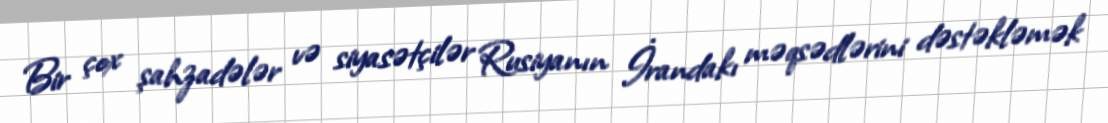
Bir çox şahzadələr və siyasətçilər Rusiyanın İrandakı məqsədlərini dəstəkləmək